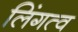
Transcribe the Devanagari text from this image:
लिंगत्व